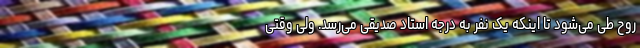
روح طی می‌شود تا اینکه یک نفر به درجه استاد صدیقی می‌رسد. ولی وقتی